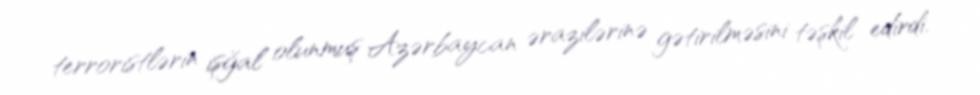
terroristlərin işğal olunmuş Azərbaycan ərazilərinə gətirilməsini təşkil edirdi.